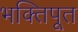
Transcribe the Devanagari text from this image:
भक्तिपूत